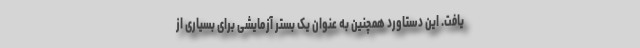
یافت. این دستاورد همچنین به عنوان یک بستر آزمایشی برای بسیاری از